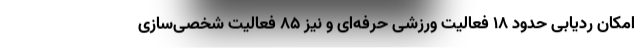
امکان ردیابی حدود ۱۸ فعالیت ورزشی حرفه‌ای و نیز ۸۵ فعالیت شخصی‌سازی